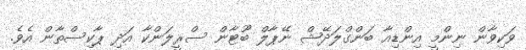
ވަކިވާން ނިންމީ އިންޑިއާ ބަންގްލަދޭޝް ނޭޕާލް ބޫޓާން ސްރީލަންކާ އަދި ޕާކިސްތާން އެވެ.